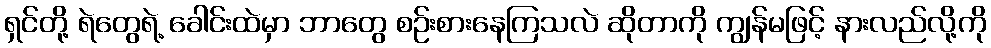
ရှင်တို့ ရဲတွေရဲ့ ခေါင်းထဲမှာ ဘာတွေ စဉ်းစားနေကြသလဲ ဆိုတာကို ကျွန်မဖြင့် နားလည်လို့ကို